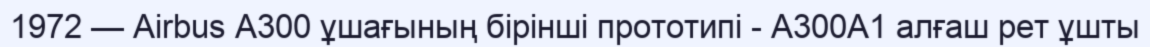
1972 — Airbus A300 ұшағының бірінші прототипі - A300A1 алғаш рет ұшты